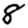
Digit: 8